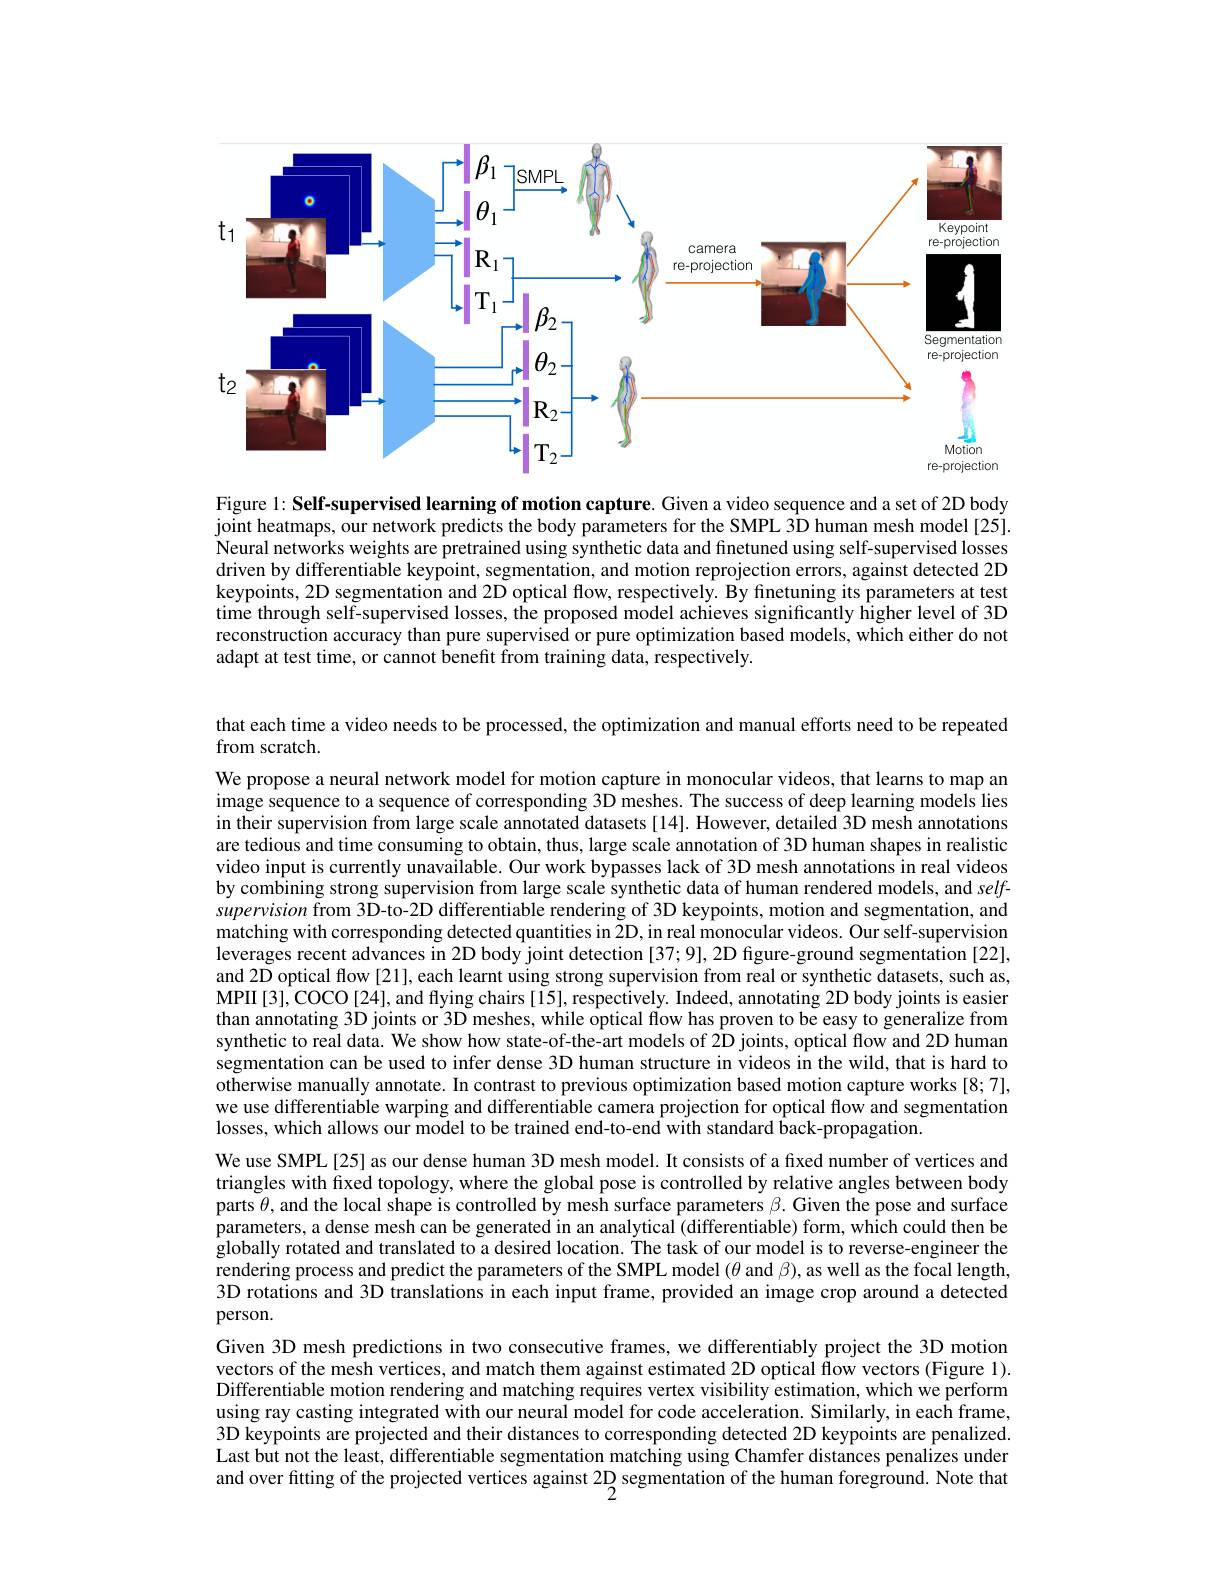
<FigureHere>
re-projection

Figure 1: Self-supervised learning of motion capture. Given a video sequence and a set of 2D body joint heatmaps, our network predicts the body parameters for the SMPL 3D human mesh model[ 25] . Neural networks weights are pretrained using synthetic data and finetuned using self-supervised losses driven by differentiable keypoint, segmentation, and motion reprojection errors, against detected 2D keypoints, 2D segmentation and 2D optical flow, respectively. By finetuning its parameters at test time through self-supervised losses, the proposed model achieves significantly higher level of 3D reconstruction accuracy than pure supervised or pure optimization based models, which either do not adapt at test time, or cannot benefit from training data, respectively.

that each time a video needs to be processed, the optimization and manual efforts need to be repeated
from scratch.

We propose a neural network model for motion capture in monocular videos, that learns to map an image sequence to a sequence of corresponding 3D meshes. The success of deep learning models lies in their supervision from large scale annotated datasets [14]. However, detailed 3D mesh annotations are tedious and time consuming to obtain, thus, large scale annotation of 3D human shapes in realistic video input is currently unavailable. Our work bypasses lack of 3D mesh annotations in real videos by combining strong supervision from large scale synthetic data of human rendered models, and selfsupervision from 3D-to-2D differentiable rendering of 3D keypoints, motion and segmentation, and matching with corresponding detected quantities in 2D, in real monocular videos. Our self-supervision leverages recent advances in 2D body joint detection [37; 9], 2D figure-ground segmentation [22], and 2D optical flow [21], each learnt using strong supervision from real or synthetic datasets, such as, MPII[3],COCO[24], and ffying chairs[15], respectively. Indeed, annotating 2D body joints is easier than annotating 3D joints or 3D meshes, while optical flow has proven to be easy to generalize from synthetic to real data. We show how state-of-the-art models of 2D joints, optical flow and 2D human segmentation can be used to infer dense 3D human structure in videos in the wild, that is hard to otherwise manually annotate. In contrast to previous optimization based motion capture works [8;7], we use differentiable warping and differentiable camera projection for optical flow and segmentation losses, which allows our model to be trained end-to-end with standard back-propagation.
We use SMPL [25] as our dense human 3D mesh model. It consists of a fixed number of vertices and triangles with fixed topology, where the global pose is controlled by relative angles between body parts $\theta$, and the local shape is controlled by mesh surface parameters $\beta.$ Given the pose and surface parameters, a dense mesh can be generated in an analytical (differentiable) form, which could then be globally rotated and translated to a desired location. Íhe task of our model is to reverse-engineer the rendering process and predict the parameters of the SMPL model $(\theta$ and $\beta)$,as well as the focal length, 3D rotations and 3D translations in each input frame, provided an image crop around a detected person.
Given 3D mesh predictions in two consecutive frames, we differentiably project the 3D motion vectors of the mesh vertices, and match them against estimated 2D optical flow vectors (Figure 1). Differentiable motion rendering and matching requires vertex visibility estimation, which we perform using ray casting integrated with our neural model for code acceleration. Similarly, in each frame, 3D keypoints are projected and their distances to corresponding detected 2D keypoints are penalized. Last but not the least, differentiable segmentation matching using Chamfer distances penalizes under

and over fitting of the projected vertices against $2\underset{2}{\operatorname*{D}}$ segmentation of the human foreground. Note that